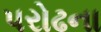
પરોઢના